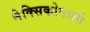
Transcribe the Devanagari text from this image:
मेक्सिकोवासी